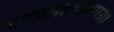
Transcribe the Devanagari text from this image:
सापडल्यासारखा